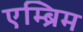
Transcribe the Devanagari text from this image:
एम्ब्रिम